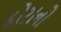
દોરાનો